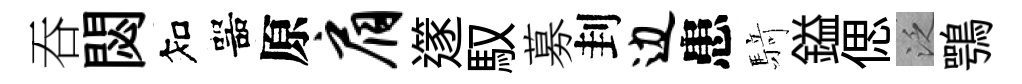
吞閟知噐原肩𨗹馭募刲边患𮪍鎰偲泛鶚